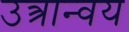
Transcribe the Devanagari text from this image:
उत्त्रान्वय